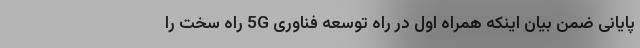
پایانی ضمن بیان اینکه همراه اول در راه توسعه فناوری 5G راهِ سخت را